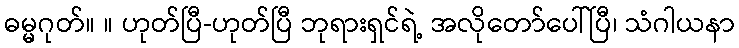
ဓမ္မဂုတ်။ ။ ဟုတ်ပြီ-ဟုတ်ပြီ ဘုရားရှင်ရဲ့ အလိုတော်ပေါ်ပြီ၊ သံဂါယနာ